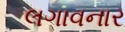
લગાવનાર